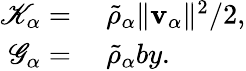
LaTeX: \begin{array}{rl}{\mathscr{K}_{\alpha}=}&{{}~\tilde{\rho}_{\alpha}\| \mathbf{v}_{\alpha}\| ^{2}/2,}\\ {\mathscr{G}_{\alpha}=}&{{}~\tilde{\rho}_{\alpha}by.}\end{array}